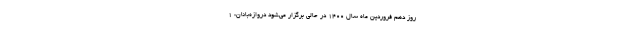
روز دهم فروردین ماه سال ۱۴۰۰ در حالی برگزار می‌شود دروازه‌بانان: ١-